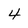
Character: 4